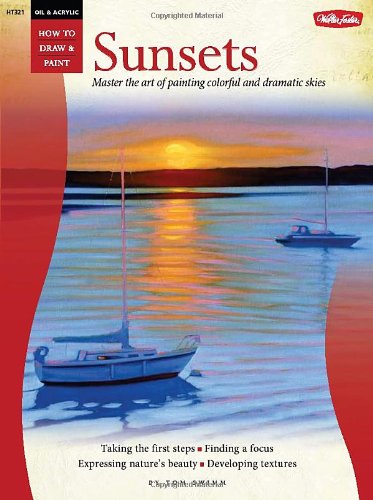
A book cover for Oil & Acrylic: Sunsets: Master the art of painting colorful and dramatic skies (How to Draw & Paint); Tom Swimm; Arts & Photography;